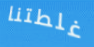
غلطتنا